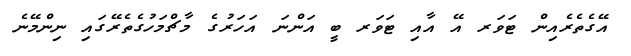
އޭގެތެރެއިން ޓަވަރ އޭ އާއި ޓަވަރ ބީ އަންނަ އަހަރުގެ މާޗްމަހުގެތެރޭގައި ނިންމޭނެ